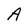
Character: A